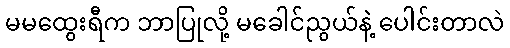
မမထွေးရီက ဘာပြုလို့ မခေါင်ညွယ်နဲ့ ပေါင်းတာလဲ